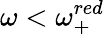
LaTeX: \omega<\omega_{+}^{red}